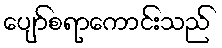
ပျော်စရာကောင်းသည်